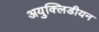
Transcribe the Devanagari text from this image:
अयुक्लिडीयन